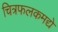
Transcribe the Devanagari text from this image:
चित्रफलकमद्ये